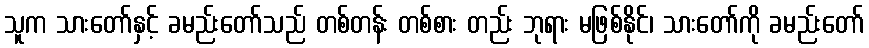
သူက သားတော်နှင့် ခမည်းတော်သည် တစ်တန်း တစ်စား တည်း ဘုရား မဖြစ်နိုင်၊ သားတော်ကို ခမည်းတော်